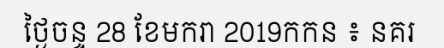
ថ្ងៃចន្ទ 28 ខែមករា 2019កកន ៖ នគរ